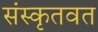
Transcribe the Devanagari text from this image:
संस्कृतवत